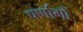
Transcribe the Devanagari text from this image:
पर्णागों